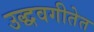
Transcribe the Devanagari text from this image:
उद्धवगीतेत